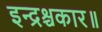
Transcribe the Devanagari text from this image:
इन्द्रश्चकार॥